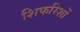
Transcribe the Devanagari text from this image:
शिफरिशों